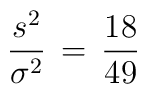
\frac{s^2}{\sigma^2} \, = \, \frac{18}{49}